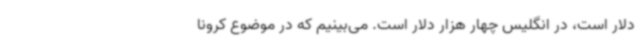
دلار است، در انگلیس چهار هزار دلار است. می‌بینیم که در موضوع کرونا